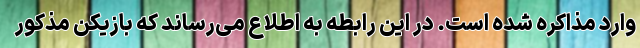
وارد مذاکره شده است. در این رابطه به اطلاع می‌رساند که بازیکن مذکور